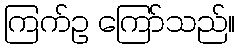
ကြက်ဥ ကြော်သည်။